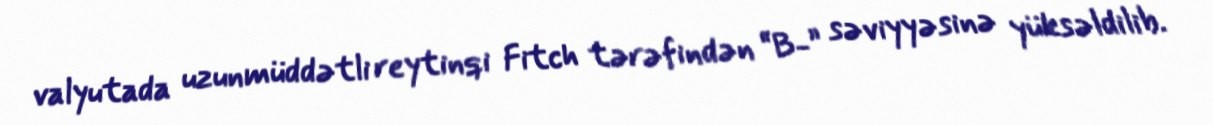
valyutada uzunmüddətli reytinqi Fitch tərəfindən “B-” səviyyəsinə yüksəldilib.